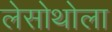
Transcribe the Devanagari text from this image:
लेसोथोला